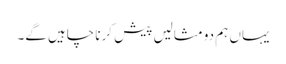
یہاں ہم دو مثالیں پیش کرنا چاہیں گے۔